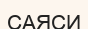
САЯСИ